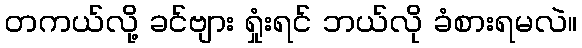
တကယ်လို့ ခင်ဗျား ရှုံးရင် ဘယ်လို ခံစားရမလဲ။